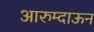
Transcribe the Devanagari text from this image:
आरुम्दाऊन